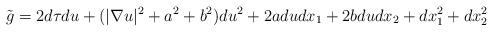
LaTeX: \begin{align*} \tilde{g}=2d\tau du+(|\nabla u|^2+a^2+b^2)du^2+2adudx_1+2bdudx_2+dx_1^2+dx_2^2\end{align*}